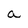
Character: a